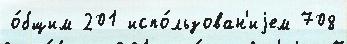
о́бщим 201 испо́льзован'иjем 708